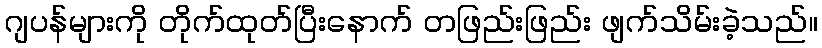
ဂျပန်များကို တိုက်ထုတ်ပြီးနောက် တဖြည်းဖြည်း ဖျက်သိမ်းခဲ့သည်။